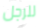
للرجل